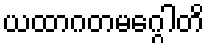
ယထာဂတမဂ္ဂေါတိ